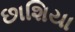
છાશિયા